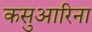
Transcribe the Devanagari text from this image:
कसुआरिना